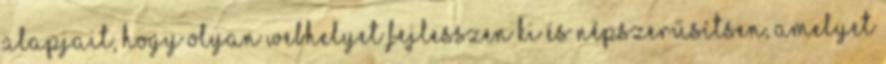
alapjait, hogy olyan webhelyet fejlesszen ki és népszerűsítsen, amelyet